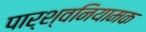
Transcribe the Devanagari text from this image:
पार्श्वनियामक